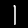
Digit: 1